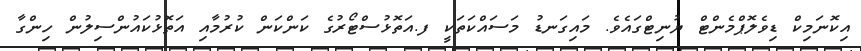
އިކޮނަމިކް ޑިވެލޮޕްމެންޓް ޔުނިޓްގައެވެ. މައިގަނޑު މަސައްކަތަކީ ފ.އަތޮޅުސްޓޯރުގެ ކަންކަން ކުރުމާއި އަތޮޅުކައުންސިލުން ހިންގާ